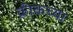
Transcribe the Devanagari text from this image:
क्रीकच्या